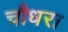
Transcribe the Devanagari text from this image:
चौधरा